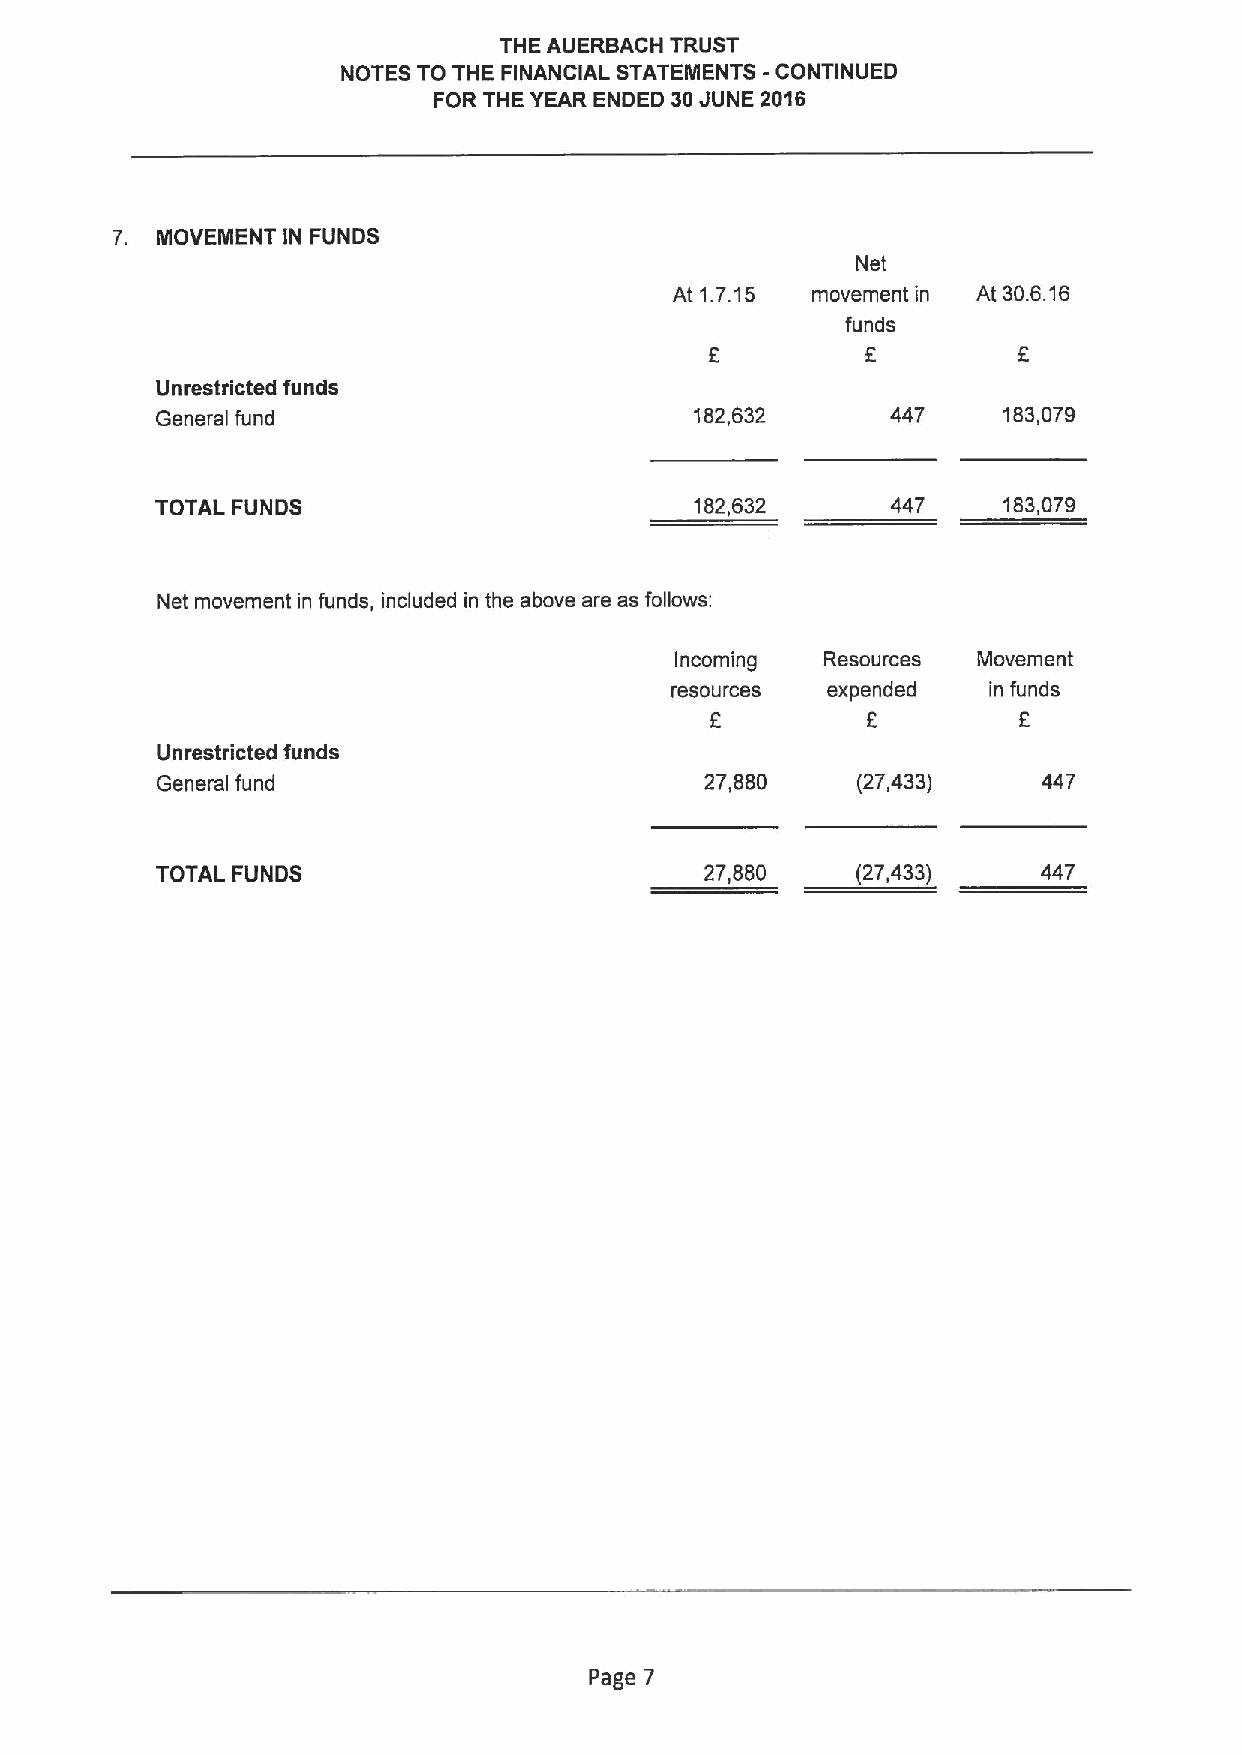
THE AUERBACH TRUST
 NOTES TO THE FINANCIAL STATEMENTS -CONTINUED
 FOR THE YEAR ENDED 30JUNE 2016
 7. MOVEMENT IN FUNDS
 Net
 At 1.7.15 movement in At 30.6.16
 funds
 E
 Unrestricted funds
 General fund                        182,632      447    183,079
 TOTAL FUNDS                         182,632      447    183,079
 Net movement in funds, included in the above are as follows:
 Incoming  Resources Movement
 resources  expended  in funds
 f
 6         8
 Unrestricted funds
 General fund                         27,880    (27,433)    447
 TOTAL FUNDS                          27,880    (27,433)    447
 Page 7